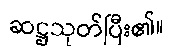
ဆဋ္ဌသုတ်ပြီး၏။